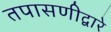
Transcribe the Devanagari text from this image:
तपासणीद्वारे